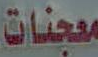
معجنات